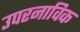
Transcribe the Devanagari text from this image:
उपरनाविक